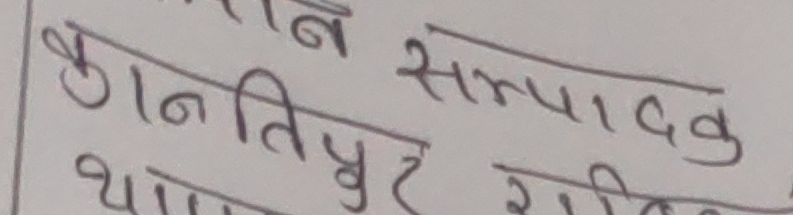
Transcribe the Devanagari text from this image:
कान्तिपुर सम्पादक
थापा राष्ट्रिय